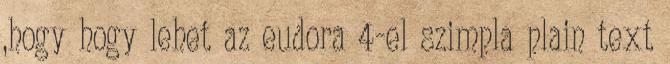
,hogy hogy lehet az eudora 4-el szimpla plain text